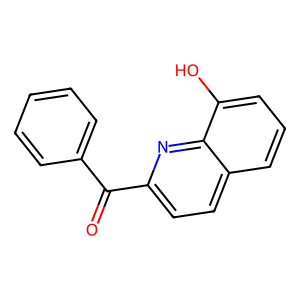
SMILES: O=C(c1ccccc1)c1ccc2cccc(O)c2n1
Inhibits HIV replication: No